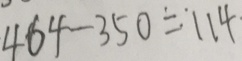
4 6 4 - 3 5 0 = 1 1 4